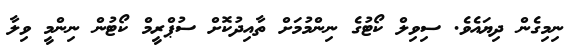
ނިމިގެން ދިޔައެވެ. ސިވިލް ކޯޓުގެ ނިންމުމަށް ތާއިދުކޮށް ސުޕްރީމް ކޯޓުން ނިންމީ ވިލާ